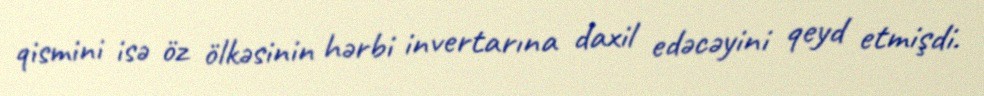
qismini isə öz ölkəsinin hərbi invertarına daxil edəcəyini qeyd etmişdi.